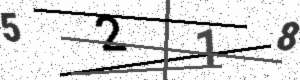
Text: 5218